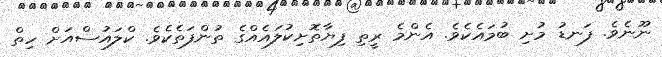
ނޫނެވެ. ފަނޑު މުށި ބުމައެކެވެ. އެންމެ ރީތި ފިޔާތޮށިކުލައެއްގެ ތުންފަތެކެވެ. ކްލައުސްއަށް ހިތް